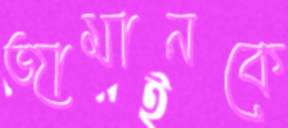
জামানকে